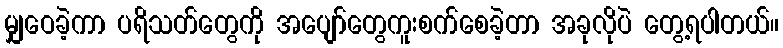
မျှဝေခဲ့ကာ ပရိသတ်တွေကို အပျော်တွေကူးစက်စေခဲ့တာ အခုလိုပဲ တွေ့ရပါတယ်။